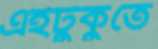
এইটুকুতে